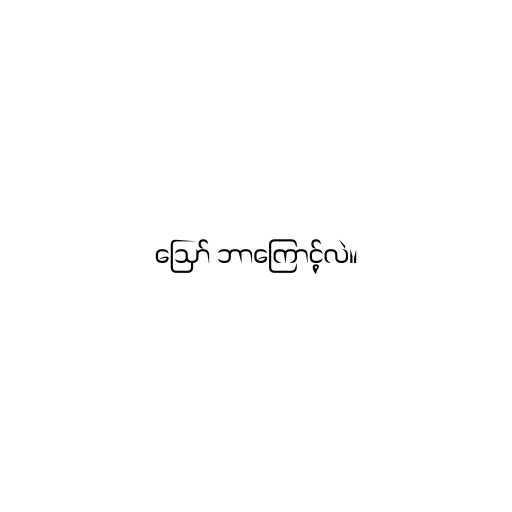
ဪ ဘာကြောင့်လဲ။